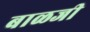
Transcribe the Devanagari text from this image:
बाळजी